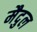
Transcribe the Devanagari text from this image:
मैदुल